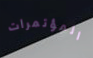
المؤتمرات